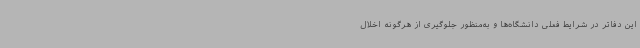
این دفاتر در شرایط فعلی دانشگاه‌ها و به‌منظور جلوگیری از هرگونه اخلال